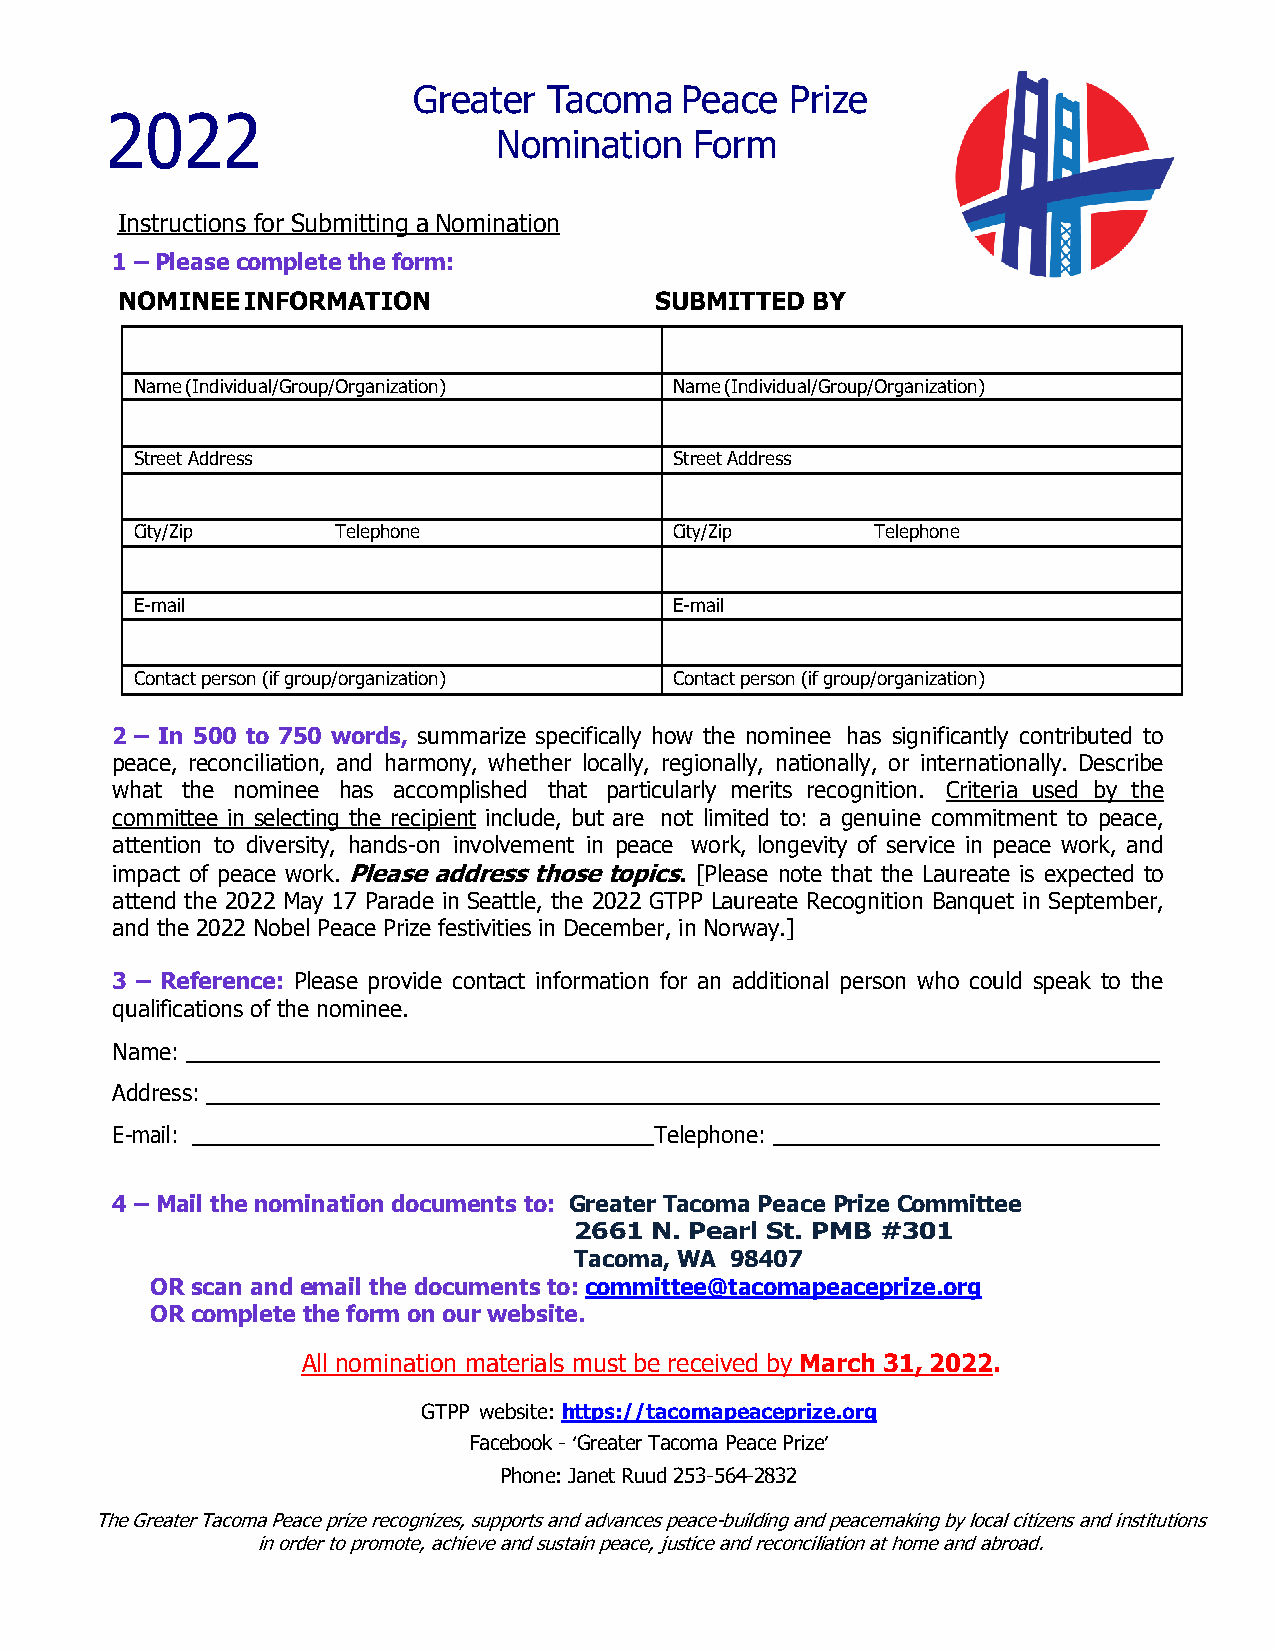
Greater  Tacoma   Peace  Prize
 2022
 Nomination   Form
 Instructions for Submitting a Nomination
 1 – Please complete the form:
 NOMINEE INFORMATION                SUBMITTED  BY
 Name (Individual/Group/Organization) Name (Individual/Group/Organization)
 Street Address                      Street Address
 City/Zip     Telephone              City/Zip     Telephone
 E-mail                              E-mail
 Contact person (if group/organization) Contact person (if group/organization)
 2 – In 500 to 750 words, summarize specifically how the nominee has significantly contributed to
 peace, reconciliation, and harmony, whether locally, regionally, nationally, or internationally. Describe
 what the nominee has accomplished that particularly merits recognition. Criteria used by the
 committee in selecting the recipient include, but are not limited to: a genuine commitment to peace,
 attention to diversity, hands-on involvement in peace work, longevity of service in peace work, and
 impact of peace work. Please address those topics. [Please note that the Laureate is expected to
 attend the 2022 May 17 Parade in Seattle, the 2022 GTPP Laureate Recognition Banquet in September,
 and the 2022 Nobel Peace Prize festivities in December, in Norway.]
 3 – Reference: Please provide contact information for an additional person who could speak to the
 qualifications of the nominee.
 Name:
 Address:
 E-mail:                             Telephone:
 4 – Mail the nomination documents to: Greater Tacoma Peace Prize Committee
 2661 N. Pearl St. PMB #301
 Tacoma, WA 98407
 OR scan and email the documents to: committee@tacomapeaceprize.org
 OR complete the form on our website.
 All nomination materials must be received by March 31, 2022.
 GTPP website: https://tacomapeaceprize.org
 Facebook - ‘Greater Tacoma Peace Prize’
 Phone: Janet Ruud 253-564-2832
 The Greater Tacoma Peace prize recognizes, supports and advances peace-building and peacemaking by local citizens and institutions
 in order to promote, achieve and sustain peace, justice and reconciliation at home and abroad.